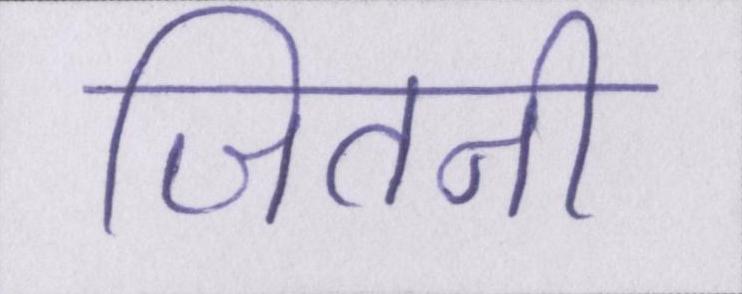
जितनी